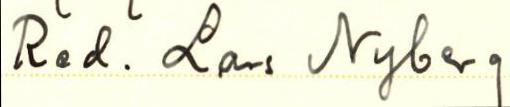
Red. Lars Nyberg